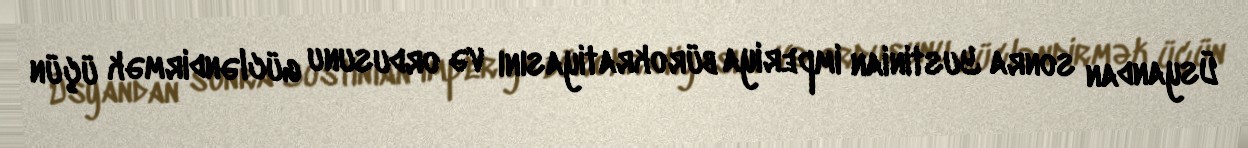
Üsyandan sonra Yustinian imperiya bürokratiyasını və ordusunu gücləndirmək üçün